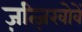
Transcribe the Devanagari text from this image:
ज़त्ज़िखोवें